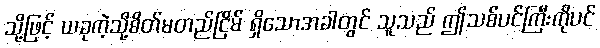
သို့ဖြင့် ယခုကဲ့သို့စိတ်မတည်ငြိမ် ရှိသောအခါတွင် သူသည် ဤသစ်ပင်ကြီးကိုပင်